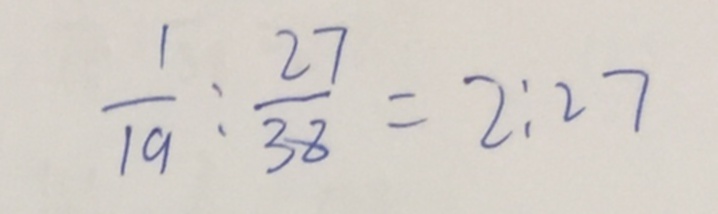
\frac { 1 } { 1 9 } : \frac { 2 7 } { 3 8 } = 2 : 2 7